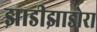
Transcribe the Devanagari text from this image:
झाडीझाडोरा